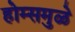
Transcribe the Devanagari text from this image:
होम्समुळे